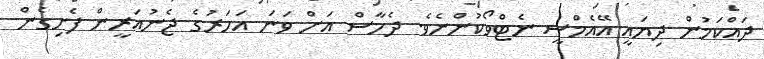
ދައްކަމުން ދިޔައީ އޭއެމްސީ ނެޓްވޯކުންނެވެ. ދެހާސް އަށް ވަނަ އަހަރުގެ ޖެނުއަރީން ފެށިގެން